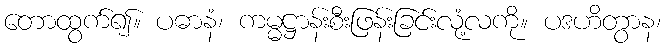
တောထွက်၍။ ပဓာနံ၊ ကမ္မဋ္ဌာန်းစီးဖြန်းခြင်းလုံ့လကို။ ပဒဟိတွာန၊